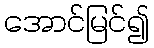
အောင်မြင်၍